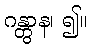
ဂန္တွာန၊ ၍။